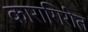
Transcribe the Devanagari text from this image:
कारागिरीत